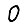
Digit: 0